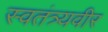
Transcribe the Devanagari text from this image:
स्वतंत्र्यवीर